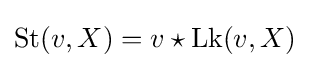
{\textstyle \operatorname {St} (v,X)=v\star \operatorname {Lk} (v,X)}